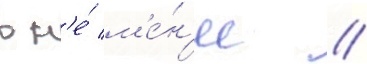
в н'е́ м'е́н'ее /